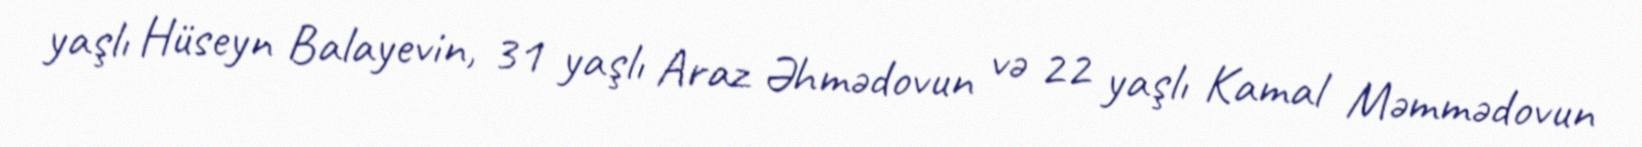
yaşlı Hüseyn Balayevin, 31 yaşlı Araz Əhmədovun və 22 yaşlı Kamal Məmmədovun